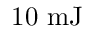
1 0 \ \mathrm { m J }